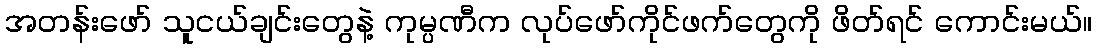
အတန်းဖော် သူငယ်ချင်းတွေနဲ့ ကုမ္ပဏီက လုပ်ဖော်ကိုင်ဖက်တွေကို ဖိတ်ရင် ကောင်းမယ်။